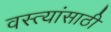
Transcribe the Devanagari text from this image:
वस्त्यांसाठी